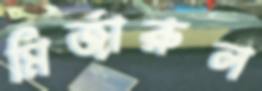
মির্জারুল